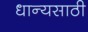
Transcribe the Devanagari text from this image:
धान्यसाठी